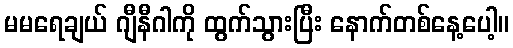
မမရေချယ် ဂျီနီဂါကို ထွက်သွားပြီး နောက်တစ်နေ့ပေါ့။